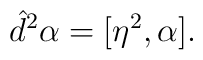
\hat d^2 \alpha = [ \eta^2, \alpha ].